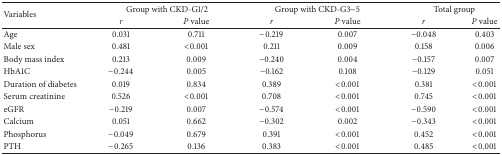
<table><thead><tr><td rowspan="2"><b>Variables</b></td><td colspan="2"><b>Group with CKD-G1/2 </b></td><td colspan="2"><b>Group with CKD-G3~5</b></td><td colspan="2"><b>Total group</b></td></tr><tr><td><b><i>r </i></b></td><td><b><i>P</i> value</b></td><td><b><i>r </i></b></td><td><b><i>P</i> value</b></td><td><b><i>r </i></b></td><td><b><i>P</i> value</b></td></tr></thead><tbody><tr><td> Age</td><td>0.031</td><td>0.711</td><td>−0.219</td><td>0.007</td><td>−0.048</td><td>0.403</td></tr><tr><td> Male sex</td><td>0.481</td><td>&lt;0.001</td><td>0.211</td><td>0.009</td><td>0.158</td><td>0.006</td></tr><tr><td> Body mass index</td><td>0.213</td><td>0.009</td><td>−0.240</td><td>0.004</td><td>−0.157</td><td>0.007</td></tr><tr><td> HbA1C</td><td>−0.244</td><td>0.005</td><td>−0.162</td><td>0.108</td><td>−0.129</td><td>0.051</td></tr><tr><td> Duration of diabetes</td><td>0.019</td><td>0.834</td><td>0.389</td><td>&lt;0.001</td><td>0.381</td><td>&lt;0.001</td></tr><tr><td> Serum creatinine</td><td>0.526</td><td>&lt;0.001</td><td>0.708</td><td>&lt;0.001</td><td>0.745</td><td>&lt;0.001</td></tr><tr><td> eGFR</td><td>−0.219</td><td>0.007</td><td>−0.574</td><td>&lt;0.001</td><td>−0.590</td><td>&lt;0.001</td></tr><tr><td> Calcium</td><td>0.051</td><td>0.662</td><td>−0.302</td><td>0.002</td><td>−0.343</td><td>&lt;0.001</td></tr><tr><td> Phosphorus</td><td>−0.049</td><td>0.679</td><td>0.391</td><td>&lt;0.001</td><td>0.452</td><td>&lt;0.001</td></tr><tr><td> PTH</td><td>−0.265</td><td>0.136</td><td>0.383</td><td>&lt;0.001</td><td>0.485</td><td>&lt;0.001</td></tr></tbody></table>